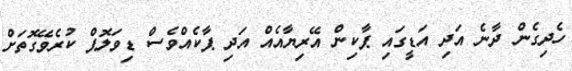
ހެދިގެން ދާނެ އަދި އަޑީގައި ޕާކިން އޭރިޔާއެއް އަދި ޕާކެއްވެސް ޑިވަލޮޕް ކުރެވޭގޮތަށް